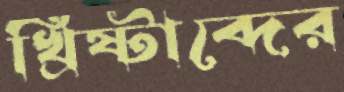
খ্রিষ্টাব্দের